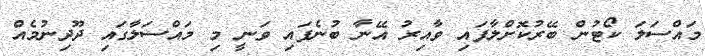
މައްސަލަ ކޯޓުން ބޭރުކޮށްލާފައި ވާއިރު އޭނާ ބުނެފައި ވަނީ މި މައްސަލާގައި ދޫދިނުމެއް